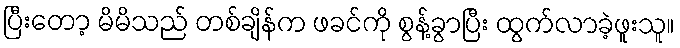
ပြီးတော့ မိမိသည် တစ်ချိန်က ဖခင်ကို စွန့်ခွာပြီး ထွက်လာခဲ့ဖူးသူ။